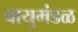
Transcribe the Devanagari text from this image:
वायुमंडळ